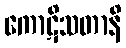
ကောဋိသတာနိ